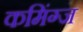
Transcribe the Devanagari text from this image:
कमिंग्ज